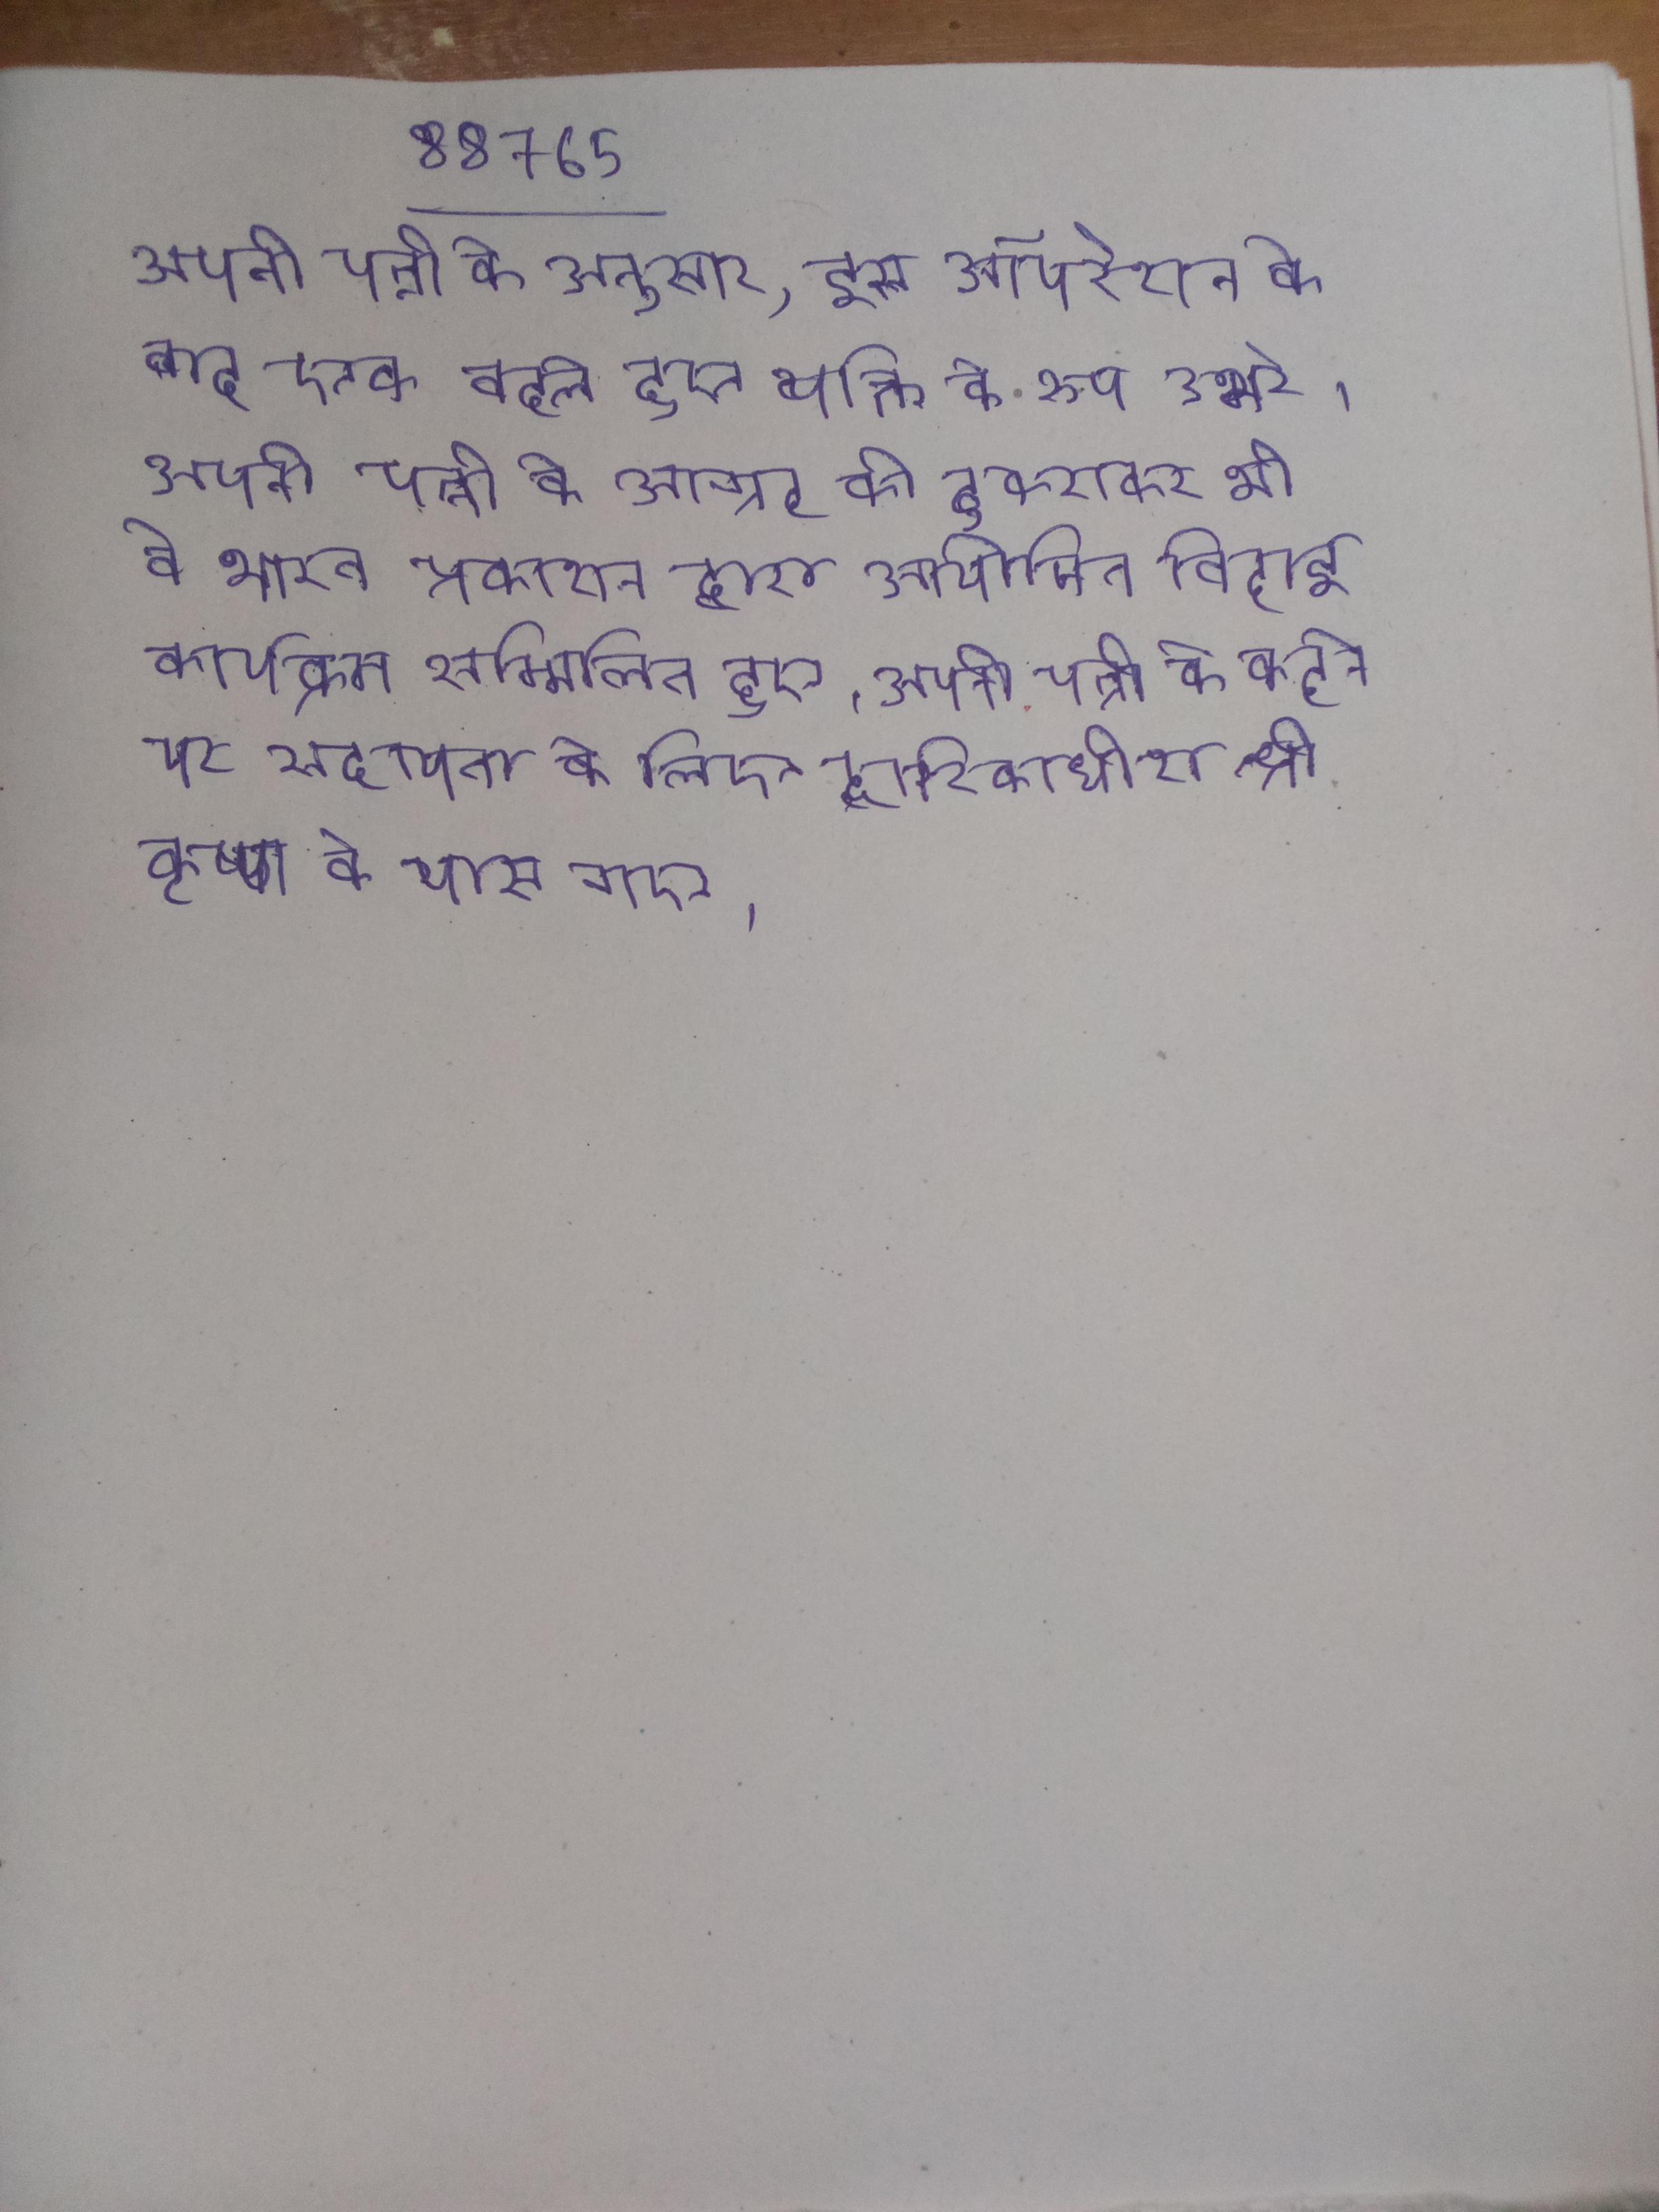
अपनी पत्नी के अनुसार, इस ऑपरेशन के बाद एक बदले हुए व्यक्ति के रूप उभरे । अपनी पत्नी के आग्रह को ठुकराकर भी वे भारत प्रकाशन द्वारा आयोजित विदाई कार्यक्रम सम्मिलित हुए । अपनी पत्नी के कहने पर सहायता के लिए द्वारिकाधीश श्री कृष्ण के पास गए ।